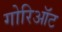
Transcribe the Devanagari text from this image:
गोरिऑट